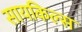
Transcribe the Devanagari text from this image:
सायकिल्स